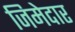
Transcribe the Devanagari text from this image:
जिमेदार